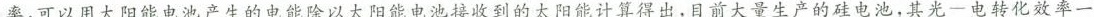
率，可以用太阳能电池产生的电能除以太阳能电池接收到的太阳能计算得出，目前大量生产的硅电池，其光 — 电转化效率一